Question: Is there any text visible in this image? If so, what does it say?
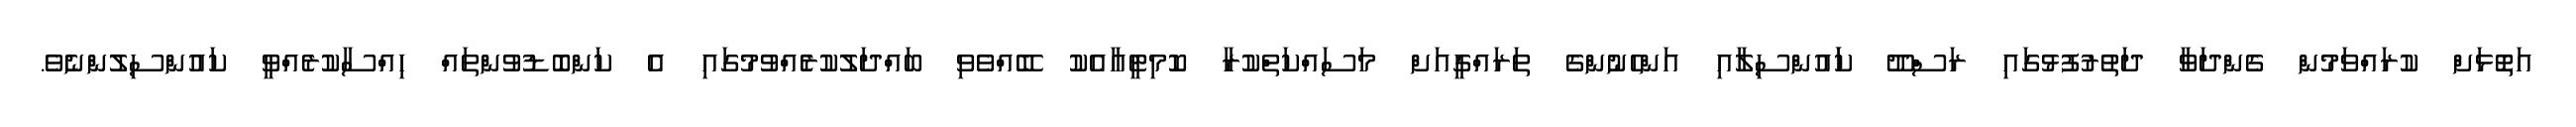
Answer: އަތޮޅަށް ކުރައްވަމުން ގެންދަވާ ދަތުރުފުޅުގައި ރަސްދޫ ކަައުންސިލާއި އަންހެނުންގެ ތަރައްގީއަށް މަސައްކަތްކުރާ ކޮމިޓީއާއެކު ބޭއްވެވި ބައްދަލުކުރެެއްވުމުގައި އެ ކަންބޮޑުވުންތައް ހިއްސާކުރެއްވީ ކައުންސިލުންނެވެ.